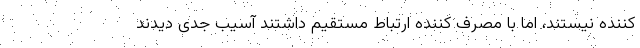
کننده نیستند، اما با مصرف کننده ارتباط مستقیم داشتند آسیب جدی دیدند